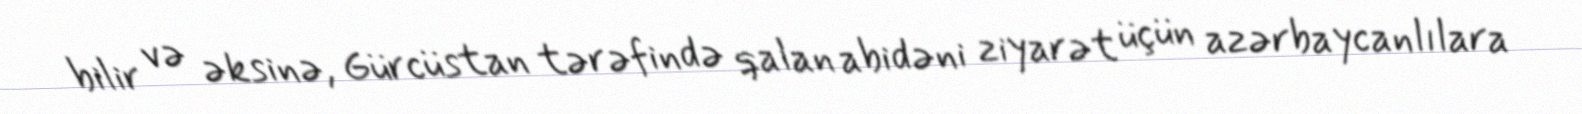
bilir və əksinə, Gürcüstan tərəfində qalan abidəni ziyarət üçün azərbaycanlılara